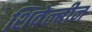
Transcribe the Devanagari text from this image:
शिवेल्बीन